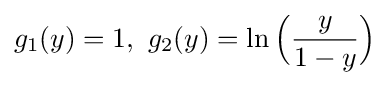
g_{1}(y)=1,{\mbox{ }}g_{2}(y)=\ln {\Bigl (}{y \over {1-y}}{\Bigr )}